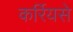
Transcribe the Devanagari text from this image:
कर्रियसे